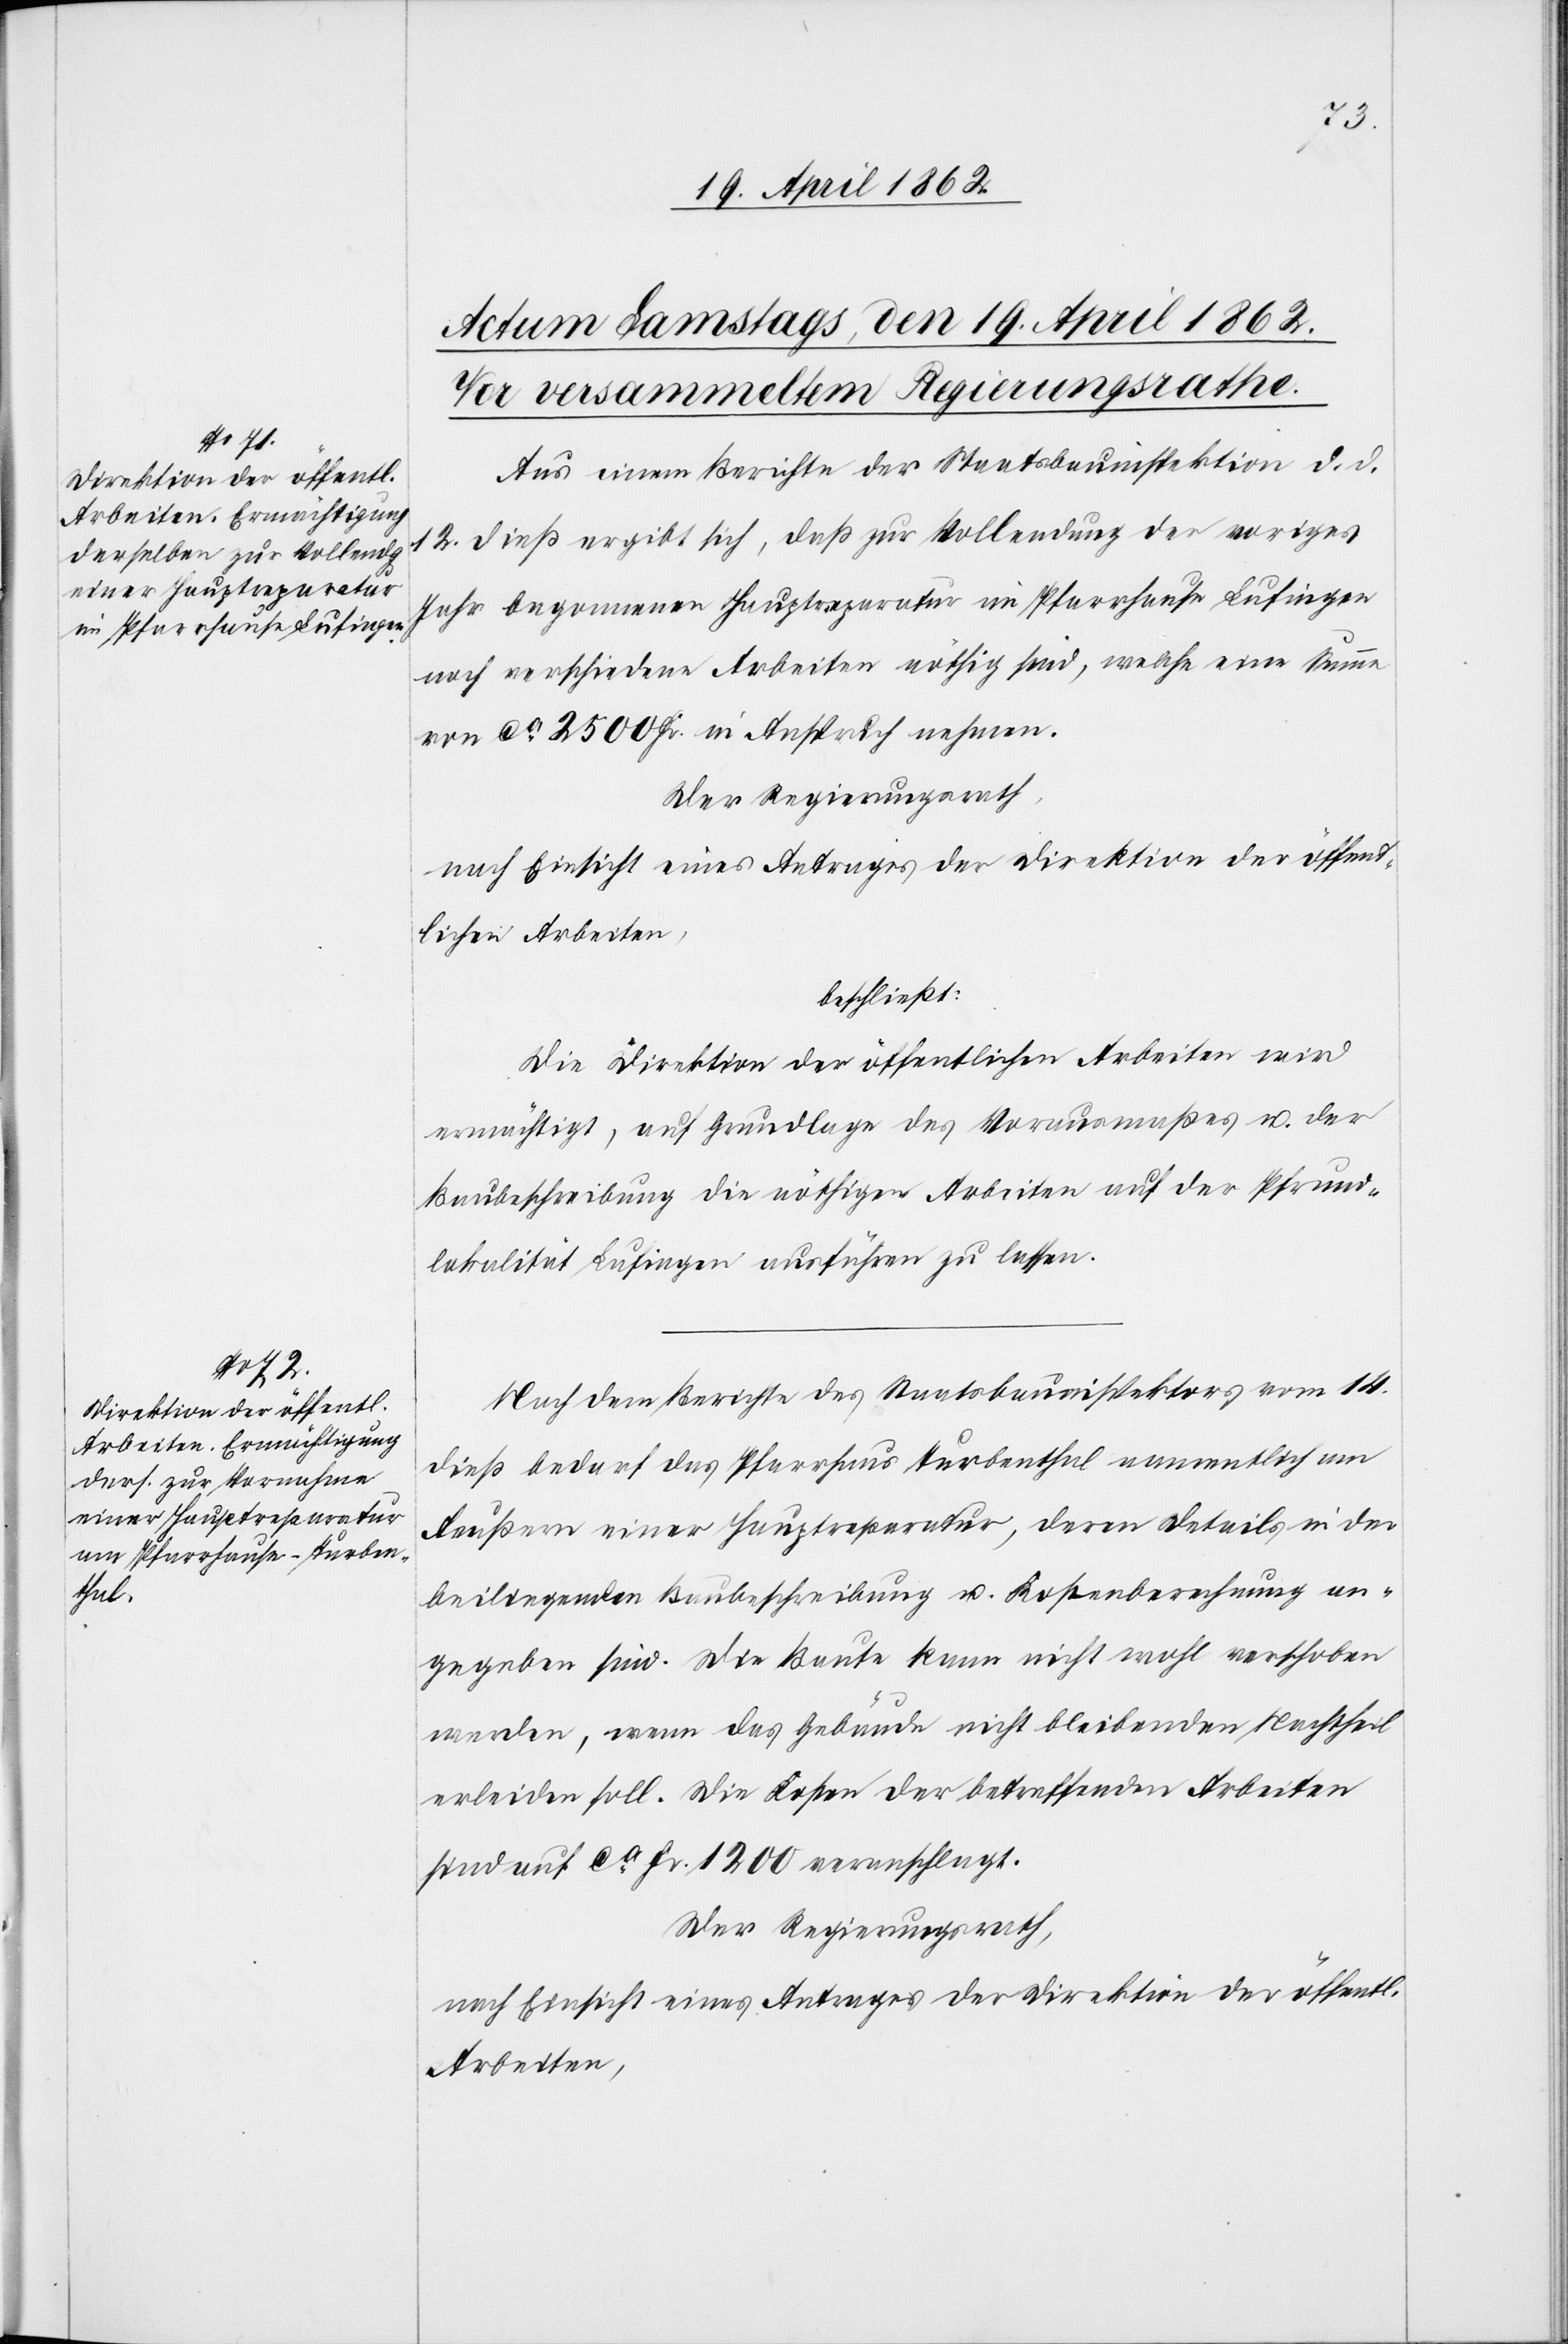
Aus einem Berichte der Staatsbauinspektion d. d.
12. dieß ergibt sich, daß zur Vollendung der voriges
Jahr begonnenen Hauptreparatur im Pfarrhause Lufingen
noch verschiedene Arbeiten nöthig sind, welche eine Summe
von ca. 2500 Fr. in Anspruch nehmen.
Der Regierungsrath,
nach Einsicht eines Antrages der Direktion der öffent¬
lichen Arbeiten,
beschließt:
Die Direktion der öffentlichen Arbeiten wird
ermächtigt, auf Grundlage des Vorausmaßes u. der
Baubeschreibung die nöthigen Arbeiten auf der Pfrund¬
lokalität Lufingen ausführen zu lassen.
Nach dem Berichte des Staatsbauinspektors vom 14.
dieß bedarf das Pfarrhaus Turbenthal namentlich am
Aeußern einer Hauptreparatur, deren Details in der
beiliegenden Baubeschreibung u. Kostenberechnung an¬
gegeben sind. Die Baute kann nicht wohl verschoben
werden, wenn das Gebäude nicht bleibenden Nachtheil
erleiden soll. Die Kosten der betreffenden Arbeiten
sind auf ca. Fr. 1200 veranschlagt.
Der Regierungsrath,
nach Einsicht eines Antrages der Direktion der öffentl.
Arbeiten,